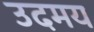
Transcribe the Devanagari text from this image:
उदमय